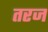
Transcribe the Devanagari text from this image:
तरज